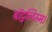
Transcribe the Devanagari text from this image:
बॉटुलिस्म।